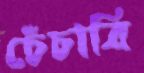
চেঁচাবি